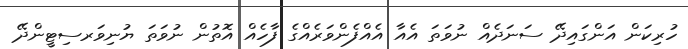
ހުރިކަން އަންގައިދޭ ސަނަދެއް ނުވަތަ އެއާ އެއްފެންވަރެއްގެ ފާހެއް އޮތުން ނުވަތަ ޔުނިވަރސިޓީންދޭ